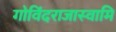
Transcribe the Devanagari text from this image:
गोविंदराजास्वामि